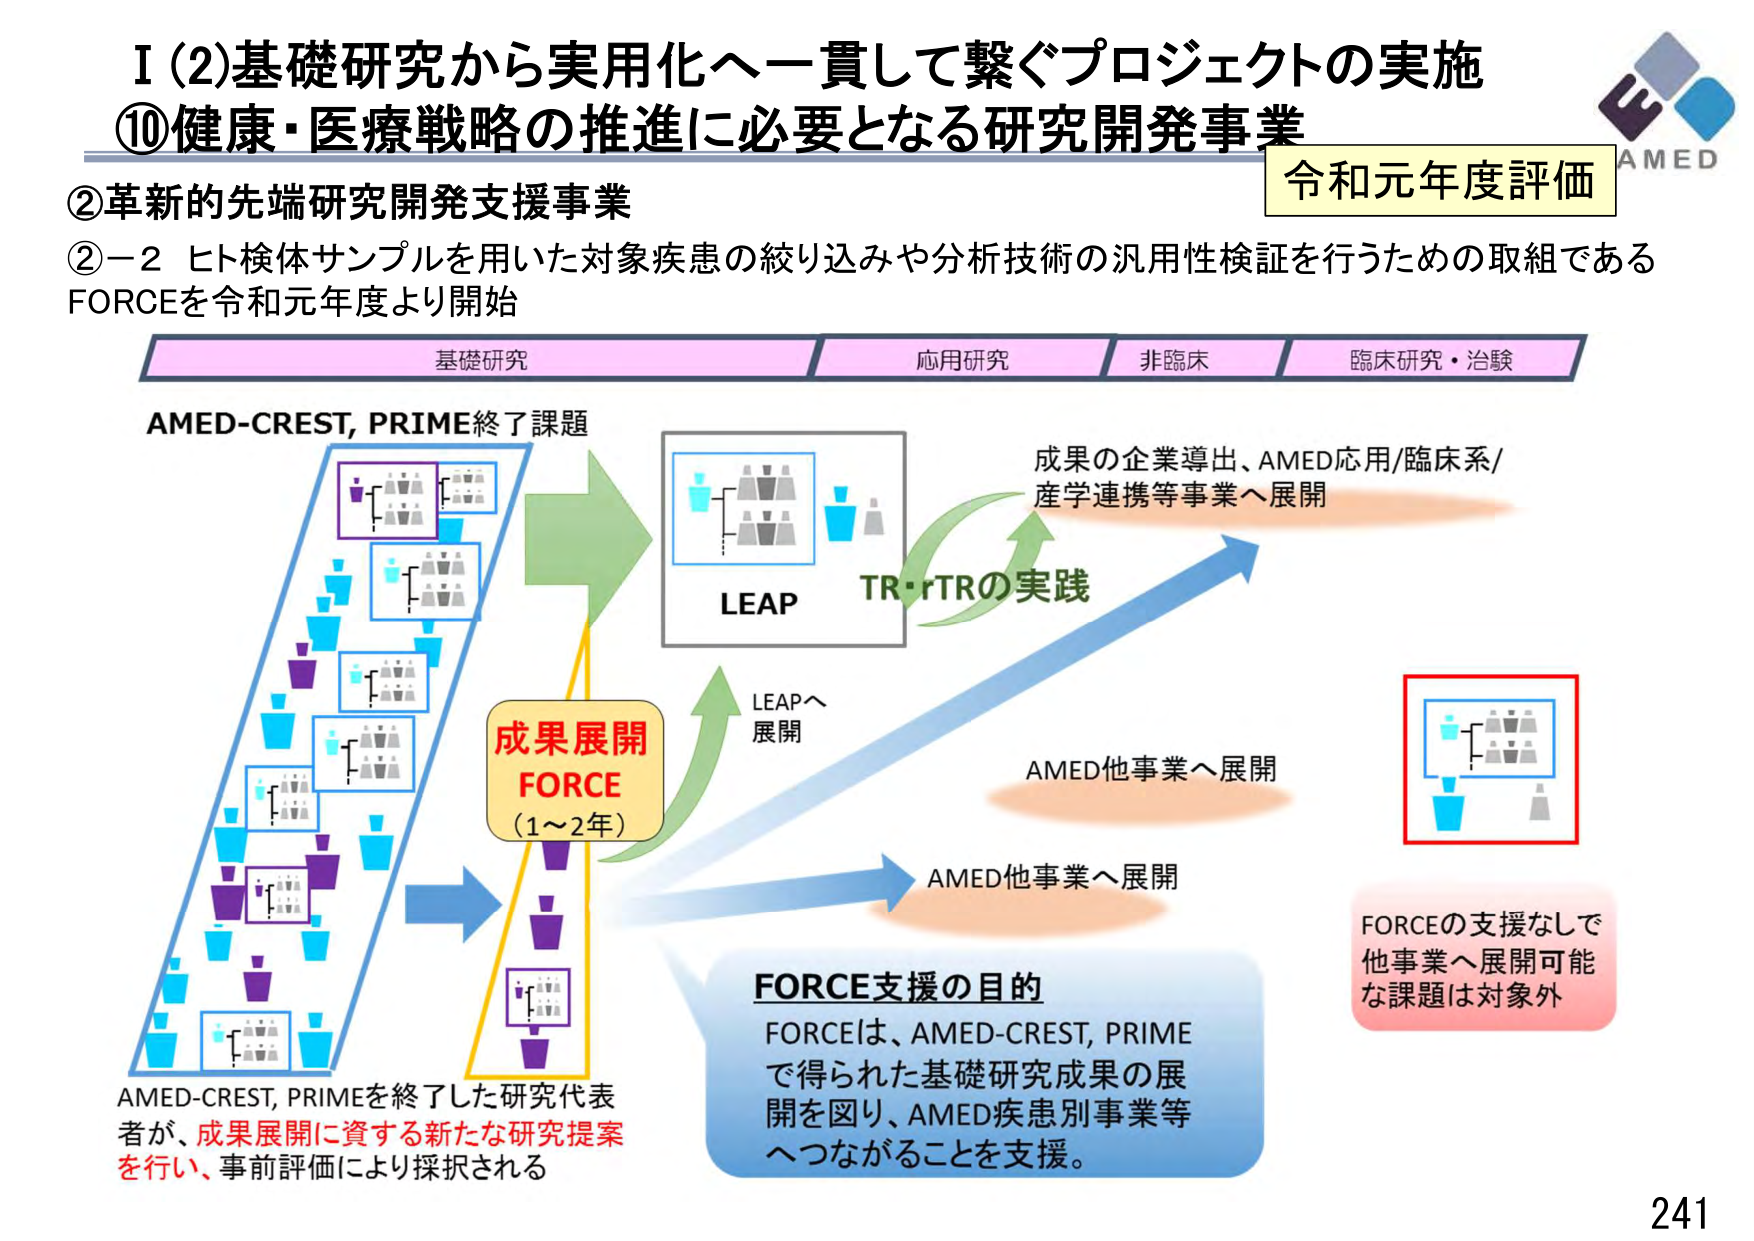
I (2)基礎研究から実用化へ一貫して繋ぐプロジェクトの実施
⑩健康・医療戦略の推進に必要となる研究開発事業
令和元年度評価
②革新的先端研究開発支援事業
②－2 ヒト検体サンプルを用いた対象疾患の絞り込みや分析技術の汎用性検証を行うための取組である
FORCEを令和元年度より開始
基礎研究　応用研究　非臨床　臨床研究・治験
AMED-CREST, PRIME終了課題
成果展開
FORCE
(1～2年)
LEAP
TR・rTRの実践
成果の企業導出、AMED応用/臨床系/
産学連携等事業へ展開
LEAPへ
展開
AMED他事業へ展開
AMED他事業へ展開
FORCE支援の目的
FORCEは、AMED-CREST, PRIME
で得られた基礎研究成果の展
開を図り、AMED疾患別事業等
へつながることを支援。
AMED-CREST, PRIMEを終了した研究代表
者が、成果展開に資する新たな研究提案
を行い、事前評価により採択される
FORCEの支援なしで
他事業へ展開可能
な課題は対象外
AMED
241